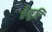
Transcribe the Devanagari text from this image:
तेमुरि